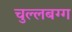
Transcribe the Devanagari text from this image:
चुल्लबग्ग